Civil Veterinary Department. Madras. Admin. report 1926-33 - 1926-1933
Year: 1926
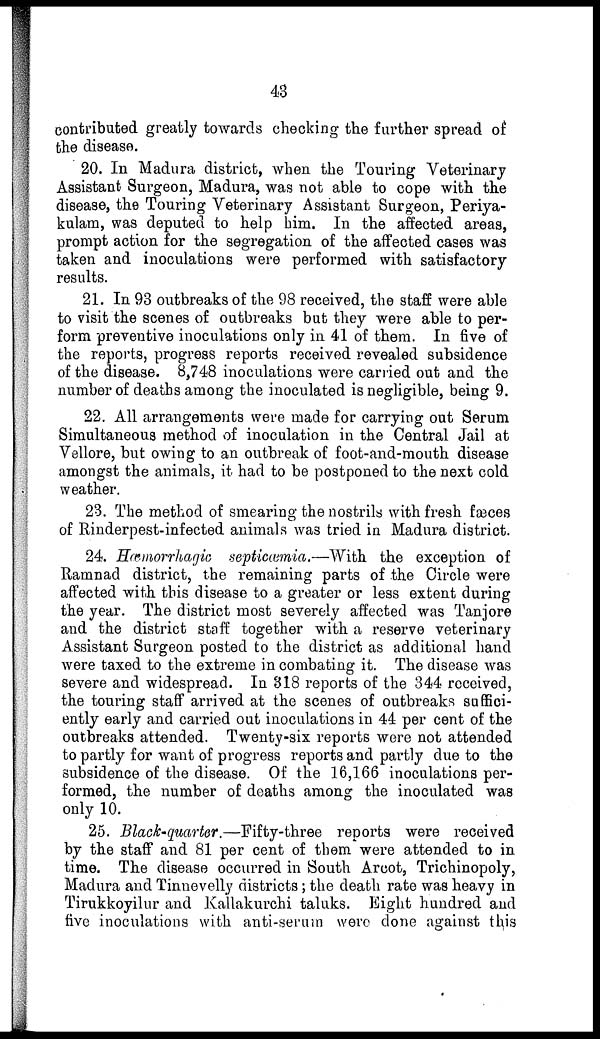
43
contributed greatly towards checking the further spread of
the disease.
20. In Madura district, when the Touring Veterinary
Assistant Surgeon, Madura, was not able to cope with the
disease, the Touring Veterinary Assistant Surgeon, Periya-
kulam, was deputed to help him. In the affected areas,
prompt action for the segregation of the affected cases was
taken and inoculations were performed with satisfactory
results.
21. In 93 outbreaks of the 98 received, the staff were able
to visit the scenes of outbreaks but they were able to per-
form preventive inoculations only in 41 of them. In five of
the reports, progress reports received revealed subsidence
of the disease. 8,748 inoculations were carried out and the
number of deaths among the inoculated is negligible, being 9.
22. All arrangements were made for carrying out Serum
Simultaneous method of inoculation in the Central Jail at
Vellore, but owing to an outbreak of foot-and-mouth disease
amongst the animals, it had to be postponed to the next cold
weather.
23. The method of smearing the nostrils with fresh fæces
of Rinderpest-infected animals was tried in Madura district.
24. Hæmorrhagic septicæmia.—With the exception of
Ramnad district, the remaining parts of the Circle were
affected with this disease to a greater or less extent during
the year. The district most severely affected was Tanjore
and the district staff together with a reserve veterinary
Assistant Surgeon posted to the district as additional hand
were taxed to the extreme in combating it. The disease was
severe and widespread. In 318 reports of the 344 received,
the touring staff arrived at the scenes of outbreaks suffici-
ently early and carried out inoculations in 44 per cent of the
outbreaks attended. Twenty-six reports were not attended
to partly for want of progress reports and partly due to the
subsidence of the disease. Of the 16,166 inoculations per-
formed, the number of deaths among the inoculated was
only 10.
25. Black-quarter.—Fifty-three
reports were received
by the staff and 81 per cent of them were attended to in
time. The disease occurred in South Arcot, Trichinopoly,
Madura and Tinnevelly districts; the death rate was heavy in
Tirukkoyilur and Kallakurchi taluks. Eight hundred and
five inoculations with anti-serum were done against this